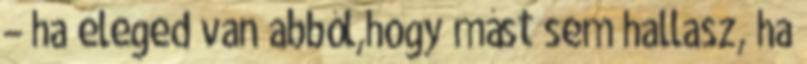
– ha eleged van abból,hogy mást sem hallasz, ha